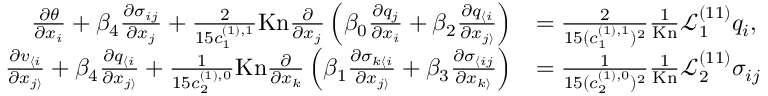
\begin{array} { r l } { \frac { \partial \theta } { \partial x _ { i } } + \beta _ { 4 } \frac { \partial \sigma _ { i j } } { \partial x _ { j } } + \frac { 2 } { 1 5 c _ { 1 } ^ { ( 1 ) , 1 } } \mathrm { K n } \frac { \partial } { \partial x _ { j } } \left( \beta _ { 0 } \frac { \partial q _ { j } } { \partial x _ { i } } + \beta _ { 2 } \frac { \partial q _ { \langle i } } { \partial x _ { j \rangle } } \right) } & { = \frac { 2 } { 1 5 ( c _ { 1 } ^ { ( 1 ) , 1 } ) ^ { 2 } } \frac { 1 } { \mathrm { K n } } \mathscr { L } _ { 1 } ^ { ( 1 1 ) } q _ { i } , } \\ { \frac { \partial v _ { \langle i } } { \partial x _ { j \rangle } } + \beta _ { 4 } \frac { \partial q _ { \langle i } } { \partial x _ { j \rangle } } + \frac { 1 } { 1 5 c _ { 2 } ^ { ( 1 ) , 0 } } \mathrm { K n } \frac { \partial } { \partial x _ { k } } \left( \beta _ { 1 } \frac { \partial \sigma _ { k \langle i } } { \partial x _ { j \rangle } } + \beta _ { 3 } \frac { \partial \sigma _ { \langle i j } } { \partial x _ { k \rangle } } \right) } & { = \frac { 1 } { 1 5 ( c _ { 2 } ^ { ( 1 ) , 0 } ) ^ { 2 } } \frac { 1 } { \mathrm { K n } } \mathscr { L } _ { 2 } ^ { ( 1 1 ) } \sigma _ { i j } } \end{array}